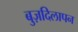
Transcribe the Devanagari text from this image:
बुज़दिलापन